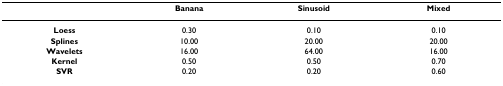
<table><thead><tr><td></td><td><b>Banana</b></td><td><b>Sinusoid</b></td><td><b>Mixed</b></td></tr></thead><tbody><tr><td><b>Loess</b></td><td>0.30</td><td>0.10</td><td>0.10</td></tr><tr><td><b>Splines</b></td><td>10.00</td><td>20.00</td><td>20.00</td></tr><tr><td><b>Wavelets</b></td><td>16.00</td><td>64.00</td><td>16.00</td></tr><tr><td><b>Kernel</b></td><td>0.50</td><td>0.50</td><td>0.70</td></tr><tr><td><b>SVR</b></td><td>0.20</td><td>0.20</td><td>0.60</td></tr></tbody></table>